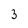
Character: 3